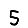
Digit: 5